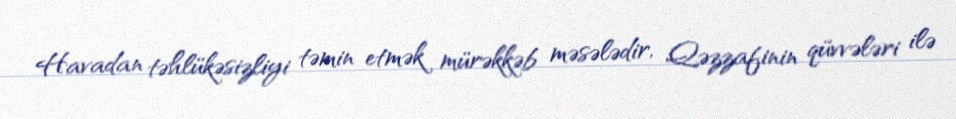
Havadan təhlükəsizliyi təmin etmək mürəkkəb məsələdir, Qəzzafinin qüvvələri ilə